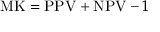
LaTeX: \mathrm { M K } = \mathrm { P P V } + \mathrm { N P V } - 1